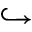
\hookrightarrow